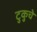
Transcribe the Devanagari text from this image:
टुकुचे